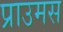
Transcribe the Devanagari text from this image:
प्राउमस